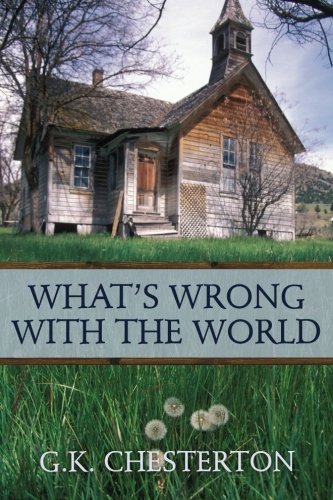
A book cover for What's Wrong With the World; G.K. Chesterton; Politics & Social Sciences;